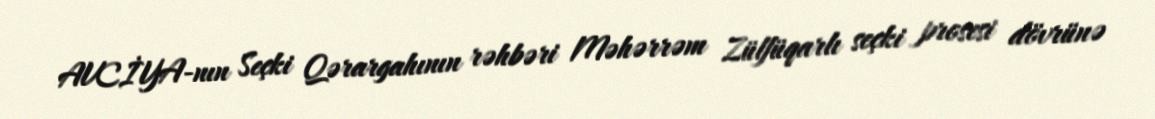
AVCİYA-nın Seçki Qərargahının rəhbəri Məhərrəm Zülfüqarlı seçki prosesi dövrünə